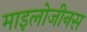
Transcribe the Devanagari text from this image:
माइलोजीनस